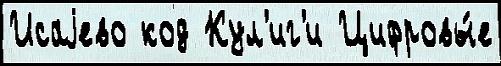
Исаjево код Кул'иг'и Цифровы́е